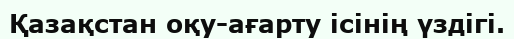
Қазақстан оқу-ағарту ісінің үздігі.